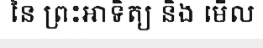
នៃ ព្រះអាទិត្យ និង មើល